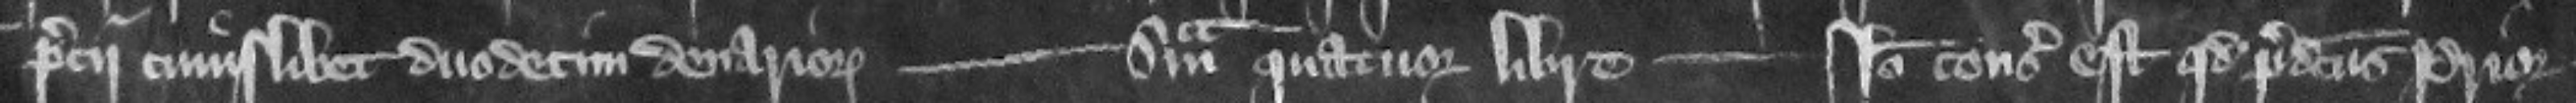
precii cuiusliber duodecim denariorum --- Summa quatuor libre --- Ideo consideratum est quod predictus prior